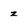
Character: z